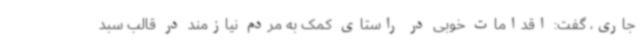
جاری، گفت: اقدامات خوبی در راستای کمک به مردم نیازمند در قالب سبد